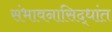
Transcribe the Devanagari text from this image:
संभावनासिद्धांत